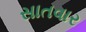
સાતવાર